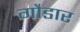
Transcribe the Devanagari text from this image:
गौडार